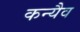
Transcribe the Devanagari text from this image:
कन्यैव